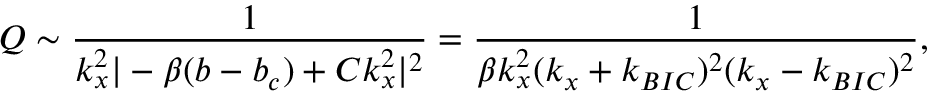
Q \sim \frac { 1 } { k _ { x } ^ { 2 } | - \beta ( b - b _ { c } ) + C k _ { x } ^ { 2 } | ^ { 2 } } = \frac { 1 } { \beta k _ { x } ^ { 2 } ( k _ { x } + k _ { B I C } ) ^ { 2 } ( k _ { x } - k _ { B I C } ) ^ { 2 } } ,